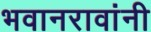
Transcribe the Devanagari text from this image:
भवानरावांनी